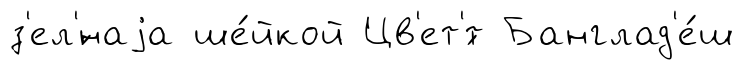
з'ел'́наjа ше́йкой Цв'ет'́т Банглад'е́ш